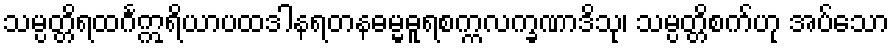
သမ္ပတ္တိရထင်္ဂဣရိယာပထဒါနရတနဓမ္မဓူရစက္ကလက္ခဏာဒိသု၊ သမ္ပတ္တိစက်ဟု အပ်သော